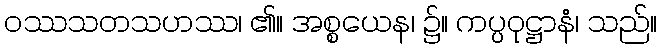
ဝဿသတသဟဿ၊ ၏။ အစ္စယေန၊ ၌။ ကပ္ပဝုဋ္ဌာနံ၊ သည်။